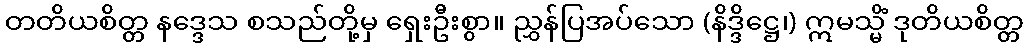
တတိယစိတ္တ နဒ္ဒေသ စသည်တို့မှ ရှေးဦးစွာ။ ညွှန်ပြအပ်သော (နိဒ္ဒိဋ္ဌေ၊) ဣမသ္မိံ ဒုတိယစိတ္တ